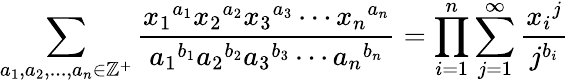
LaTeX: \sum_{a_{1},a_{2},...,a_{n}\in\mathbb{Z}^{+}}\frac{{x_{1}}^{a_{1}}{x_{2}}^{a_{2}}{x_{3}}^{a_{3}}\cdots{x_{n}}^{a_{n}}}{{a_{1}}^{b_{1}}{a_{2}}^{b_{2}}{a_{3}}^{b_{3}}\cdots{a_{n}}^{b_{n}}}=\prod_{i=1}^{n}\sum_{j=1}^{\infty}\frac{{x_{i}}^{j}}{j^{b_{i}}}